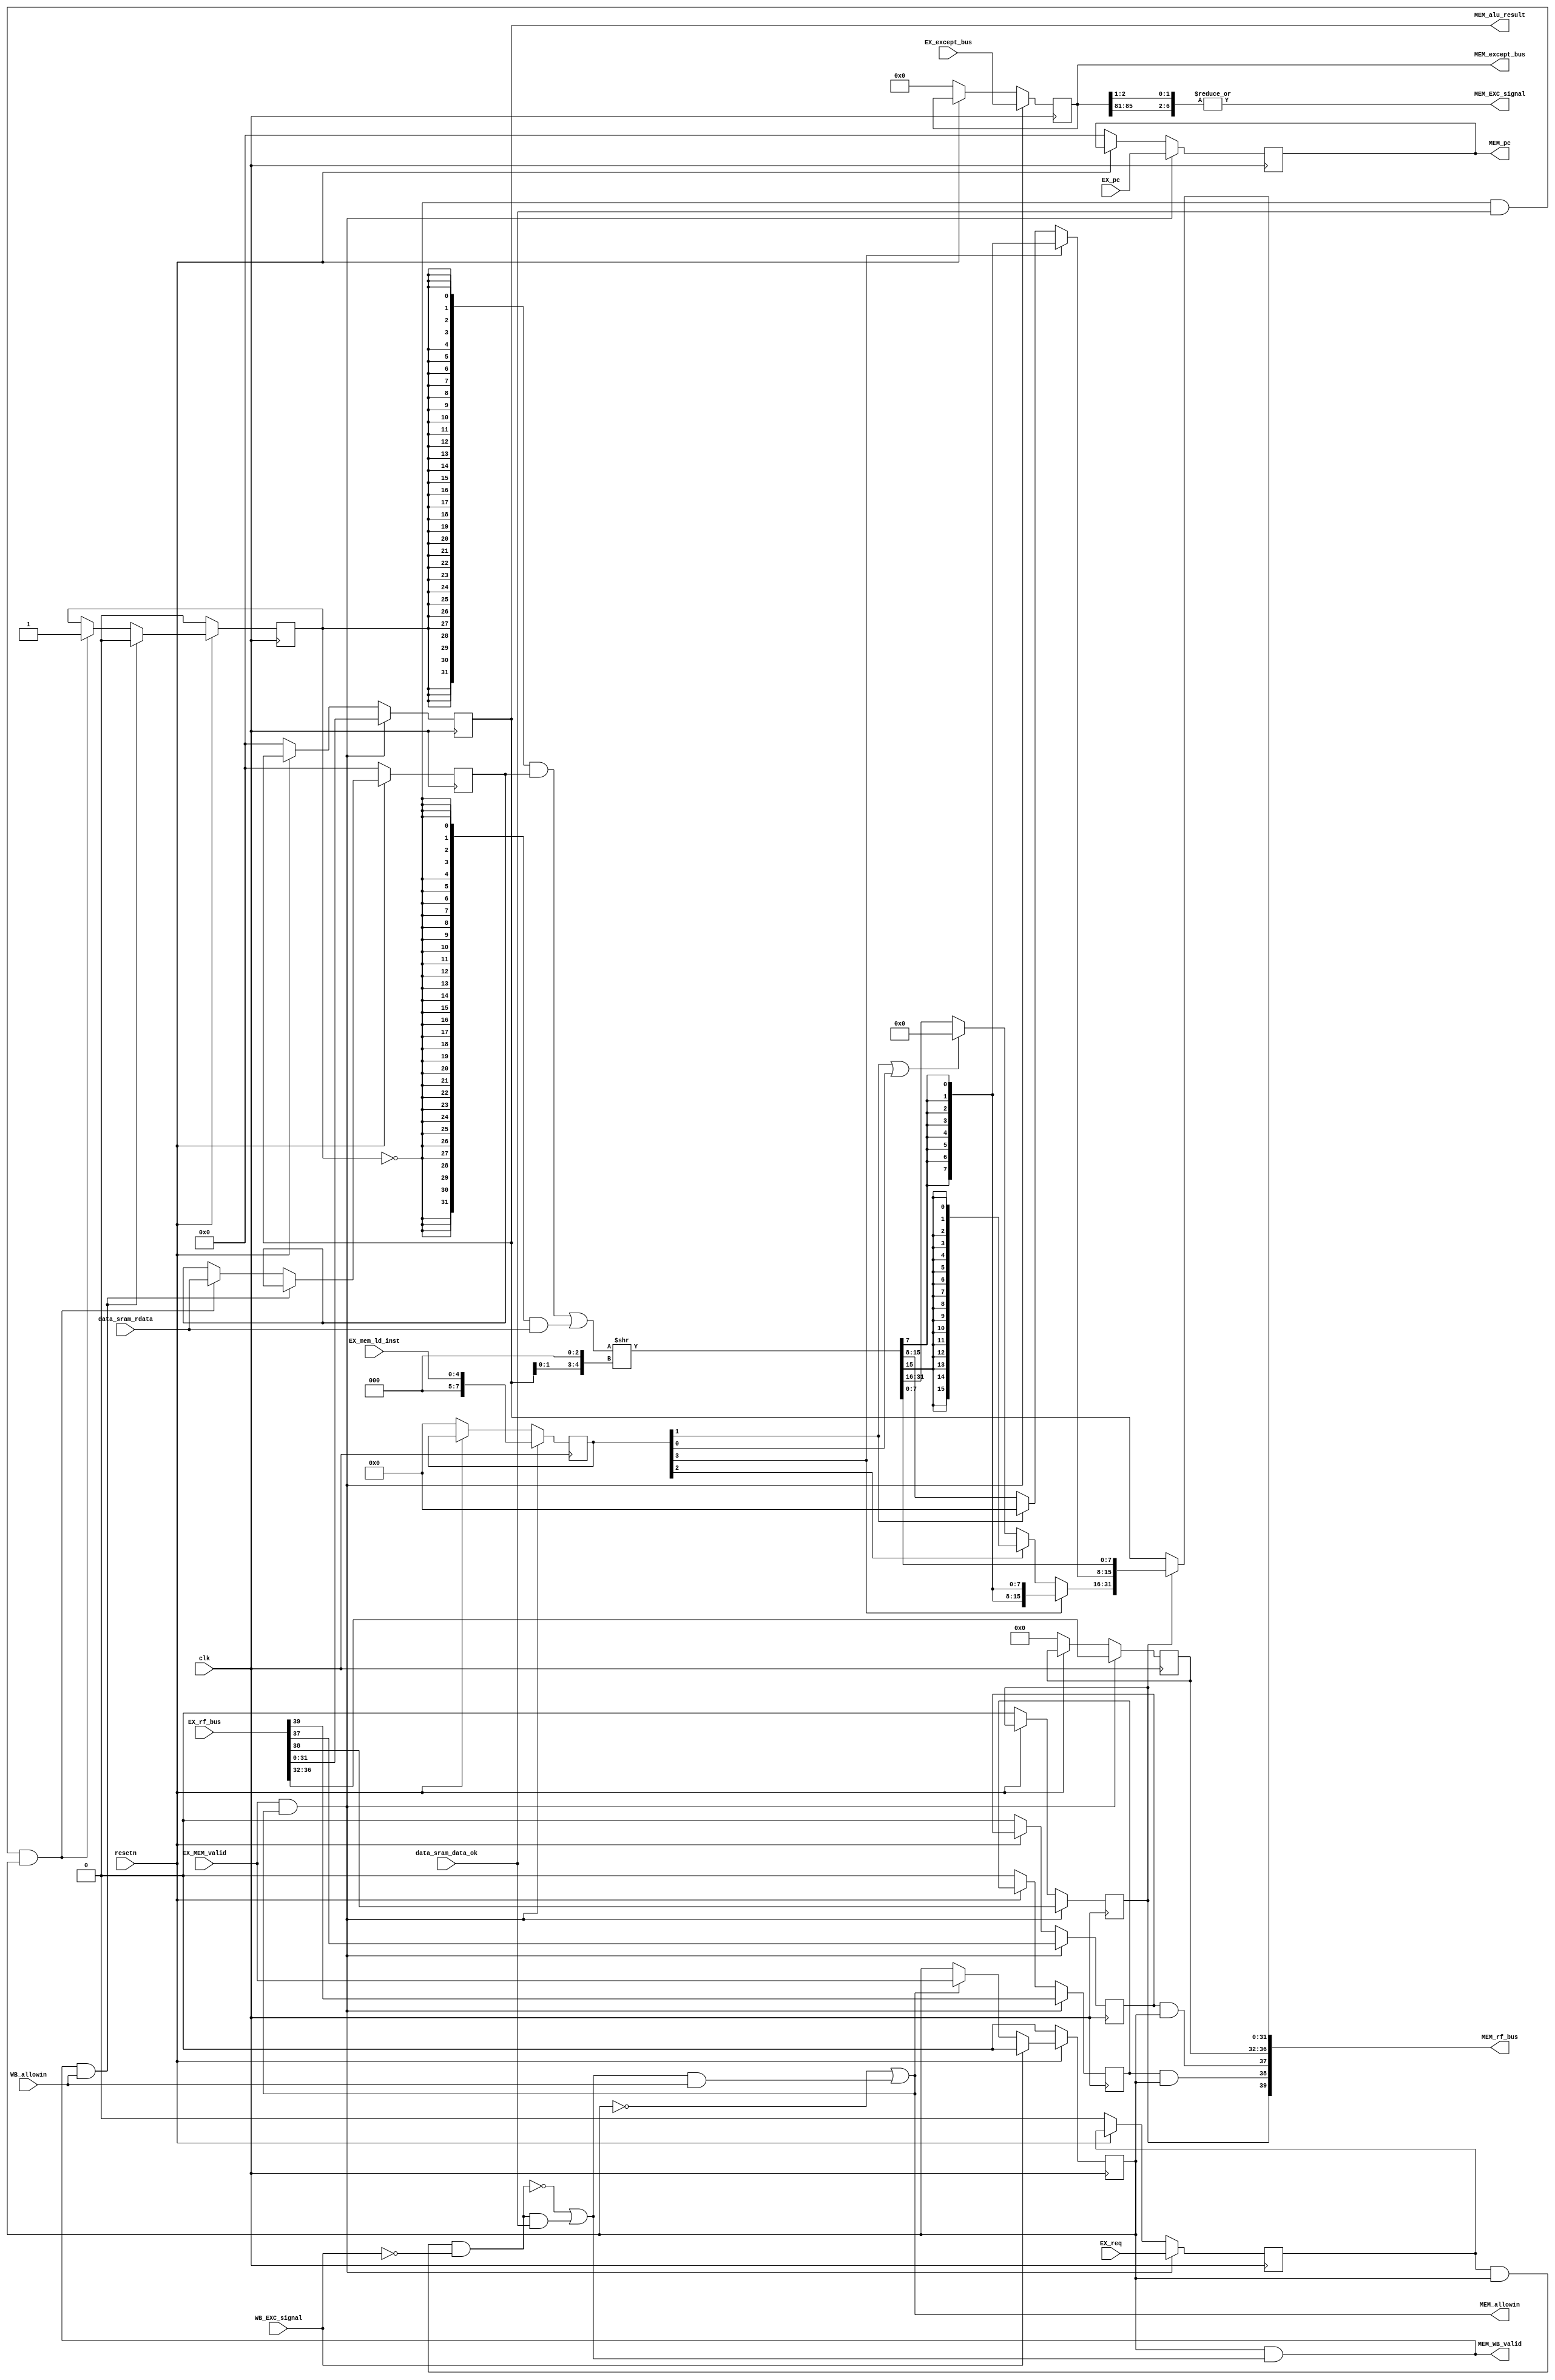
module MEM_stage (
    /*
    MEM_stage

    clk: 
    resetn: 
    MEM_allowin: MEM_stage
    EX_rf_bus: EX_rf
    EX_MEM_valid: EX_MEM
    EX_pc: EX_pc
    EX_mem_ld_inst: EX_mem_ld
    WB_allowin: WB_stage
    MEM_rf_bus: MEM_rf
    MEM_WB_valid: MEM_WB
    MEM_pc: MEM_pc
    data_sram_rdata: 
    */

    input  wire        clk,
    input  wire        resetn,
    output wire        MEM_allowin,
    input  wire [39:0] EX_rf_bus,       // {EX_res_from_mem, EX_rf_we, EX_rf_waddr, EX_alu_result}
    input  wire        EX_MEM_valid,
    input  wire [31:0] EX_pc,
    input  wire [ 4:0] EX_mem_ld_inst,  //{inst_ld_w, inst_ld_b, inst_ld_h, inst_ld_bu, inst_ld_hu}
    input  wire        EX_req,          //EX
    input  wire        WB_allowin,
    output wire [39:0] MEM_rf_bus,      // {MEM_csr_re,MEM_rf_we, MEM_rf_waddr, MEM_rf_wdata}
    output wire        MEM_WB_valid,
    output reg  [31:0] MEM_pc,

    input wire WB_EXC_signal,
    output wire MEM_EXC_signal,
    
    output reg [85:0] MEM_except_bus,  // {EX_exc_ALE, ID_exc_ADEF, ID_exc_INE, ID_exc_INT, ID_exc_break, ID_csr_num, ID_csr_wmask, ID_csr_wvalue, ID_exc_syscall, inst_ertn, ID_csr_we}
    input wire  [85:0] EX_except_bus,
    
    output reg  [31:0] MEM_alu_result,

    input wire         data_sram_data_ok,
    input  wire [31:0] data_sram_rdata
);
  wire        MEM_ready_go;
    reg         MEM_valid;
    
    reg         MEM_res_from_mem;
    reg         MEM_rf_we      ;
    reg  [4 :0] MEM_rf_waddr   ;
    wire [31:0] MEM_rf_wdata   ;
    wire [31:0] MEM_mem_result ;
    reg  [7 :0] MEM_mem_ld_inst;
    wire [6 :0] MEM_EXC_signals;

    wire inst_ld_w;
    wire inst_ld_b;
    wire inst_ld_h;
    wire inst_ld_bu;
    wire inst_ld_hu;

    //csr
    reg MEM_csr_re;

    //sram data interface
    wire MEM_wait_data;   //MEM
    reg  MEM_wait_data_r;
    reg  [31:0] MEM_data_buf;
    reg  MEM_data_buf_valid;

//------------------------------state control signal---------------------------------------

    assign MEM_wait_data  = MEM_wait_data_r & MEM_valid & ~WB_EXC_signal;

    assign MEM_ready_go      = ~MEM_wait_data | MEM_wait_data & data_sram_data_ok;
    assign MEM_allowin       = ~MEM_valid | MEM_ready_go & WB_allowin;     
    assign MEM_WB_valid      = MEM_valid & MEM_ready_go;
    always @(posedge clk) begin
        if(~resetn)
            MEM_valid <= 1'b0;
        else if(WB_EXC_signal)
            MEM_valid <= 1'b0;
        else if(MEM_allowin)
            MEM_valid <= EX_MEM_valid;
            
    end


   assign MEM_EXC_signals= {MEM_except_bus[85:81], MEM_except_bus[2:1]};
   assign MEM_EXC_signal = |MEM_EXC_signals;

//------------------------------data buffer-----------------------------------------------------
always@(posedge clk) begin
    if(~resetn) begin
        MEM_data_buf <= 32'b0;
        MEM_data_buf_valid <= 1'b0;
    end
    else if(MEM_WB_valid & WB_allowin)   // 
        MEM_data_buf_valid <= 1'b0;
    else if(~MEM_data_buf_valid & data_sram_data_ok & MEM_valid) begin
        MEM_data_buf <= data_sram_rdata;
        MEM_data_buf_valid <= 1'b1;
    end
end

//------------------------------EX TO MEM state interface---------------------------------------
    always @(posedge clk) begin
        if(~resetn) begin
            MEM_pc <= 32'b0;
            {MEM_csr_re,MEM_res_from_mem, MEM_rf_we, MEM_rf_waddr, MEM_alu_result} <= 38'b0;
            MEM_mem_ld_inst <= 8'b0;
            MEM_except_bus <= 85'b0;
            MEM_wait_data_r <= 1'b0;
        end
        if(EX_MEM_valid & MEM_allowin) begin
            MEM_pc <= EX_pc;
            {MEM_csr_re,MEM_res_from_mem, MEM_rf_we, MEM_rf_waddr, MEM_alu_result} <= EX_rf_bus;
            MEM_mem_ld_inst <= EX_mem_ld_inst;
            MEM_except_bus <= EX_except_bus;
            MEM_wait_data_r <= EX_req;
        end
    end

    assign {inst_ld_w, inst_ld_b, inst_ld_h, inst_ld_bu, inst_ld_hu} = MEM_mem_ld_inst;

wire [31:0] shift_rdata;
    assign shift_rdata = {24'b0,{32{MEM_data_buf_valid}}& MEM_data_buf|{32{~MEM_data_buf_valid}}&data_sram_rdata}>>{MEM_alu_result[1:0],3'b0 };  //
    assign MEM_mem_result[7: 0]   =  shift_rdata[7: 0];

    assign MEM_mem_result[15: 8]  =  inst_ld_b ? {8{shift_rdata[7]}} :
                                    inst_ld_bu ? 8'b0 :
                                    shift_rdata[15: 8];

    assign  MEM_mem_result[31:16] = inst_ld_b ? {16{shift_rdata[7]}} :
                                    inst_ld_h ? {16{shift_rdata[15]}} :
                                    inst_ld_bu | inst_ld_hu ? 16'b0 :
                                    shift_rdata[31:16];
    
    assign MEM_rf_wdata = MEM_res_from_mem ?  MEM_mem_result : MEM_alu_result;
    assign MEM_rf_bus  = {MEM_res_from_mem, MEM_csr_re & MEM_valid,MEM_rf_we & MEM_valid, MEM_rf_waddr, MEM_rf_wdata};

endmodule